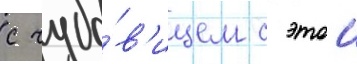
с чудо́в'ищем с этои